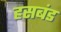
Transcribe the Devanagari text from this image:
हसबंड